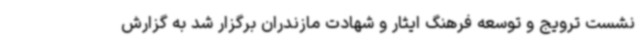
نشست ترویج و توسعه فرهنگ ایثار و شهادت مازندران برگزار شد به گزارش